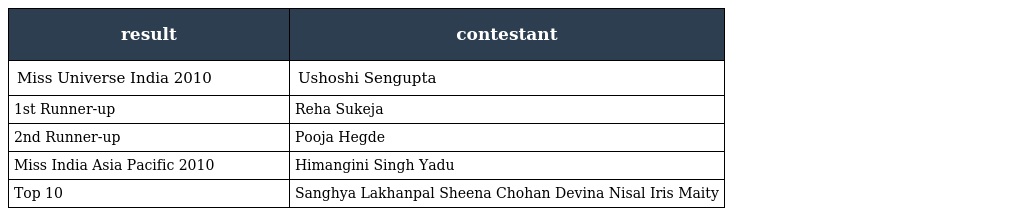
| result | contestant |
 | --- | --- |
 | Miss Universe India 2010 | Ushoshi Sengupta |
 | 1st Runner-up | Reha Sukeja |
 | 2nd Runner-up | Pooja Hegde |
 | Miss India Asia Pacific 2010 | Himangini Singh Yadu |
 | Top 10 | Sanghya Lakhanpal Sheena Chohan Devina Nisal Iris Maity |